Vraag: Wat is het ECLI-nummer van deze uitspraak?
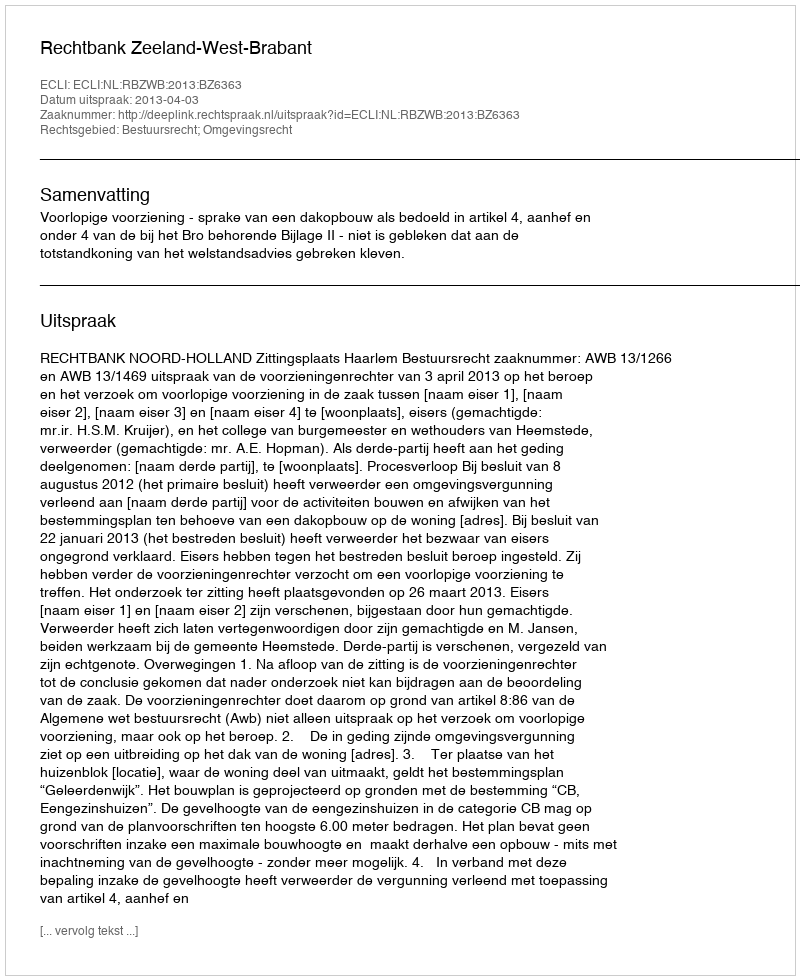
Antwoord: ECLI:NL:RBZWB:2013:BZ6363